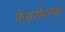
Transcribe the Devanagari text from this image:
केसरीवरचा